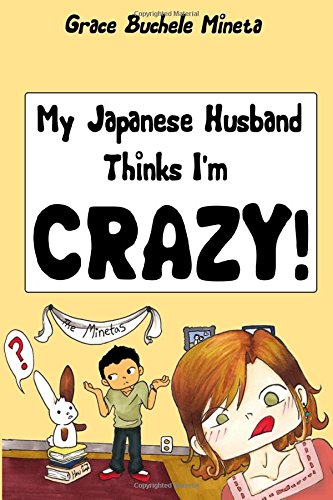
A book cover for My Japanese Husband Thinks I'm Crazy: The Comic Book; Grace Buchele Mineta; Comics & Graphic Novels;